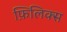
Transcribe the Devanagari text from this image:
फ़िलिक्स